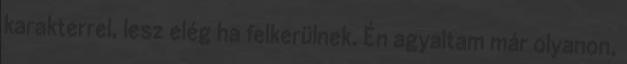
karakterrel, lesz elég ha felkerülnek. Én agyaltam már olyanon,